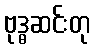
ဗုဒ္ဓဆင်းတု